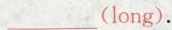
___(long).